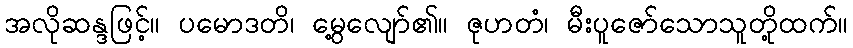
အလိုဆန္ဒဖြင့်။ ပမောဒတိ၊ မွေ့လျော်၏။ ဇုဟတံ၊ မီးပူဇော်သောသူတို့ထက်။